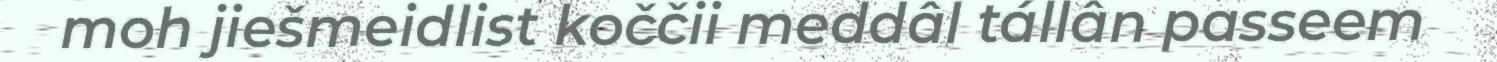
moh jiešmeidlist koččii meddâl tállân passeem